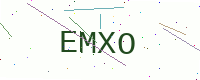
Text: EMXO